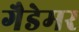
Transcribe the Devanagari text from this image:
गैडेमर